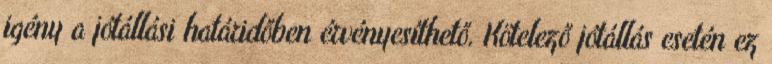
igény a jótállási határidőben érvényesíthető. Kötelező jótállás esetén ez